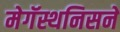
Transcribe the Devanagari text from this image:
मेगॅस्थनिसने